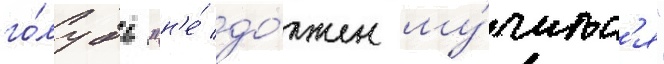
го́лубь "н'е́ до́лжен му́читьс'я"